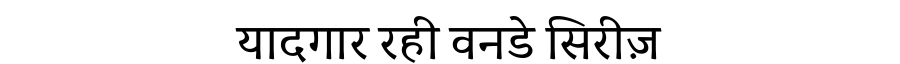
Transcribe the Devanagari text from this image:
यादगार रही वनडे सिरीज़